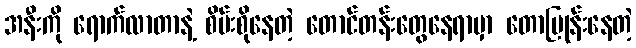
အနီးကို ရောက်လာတာနဲ့ စိမ်းစိုနေတဲ့ တောင်တန်းတွေနေရာမှာ တောပြုန်းနေတဲ့